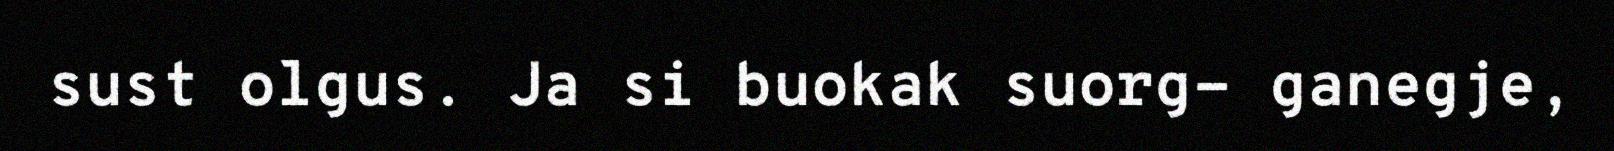
sust olgus. Ja si buokak suorg- ganegje,